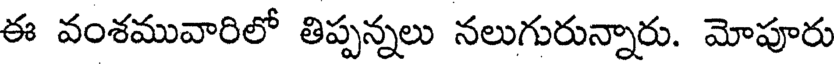
ఈ వంశమువారిలో తిప్పన్నలు నలుగురున్నారు. మోపూరు